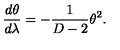
\frac { d \theta } { d \lambda } = - \frac { 1 } { D - 2 } \theta ^ { 2 } .